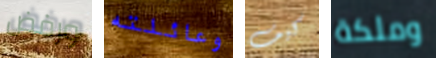
ورفض وعائلته كيف وملكة